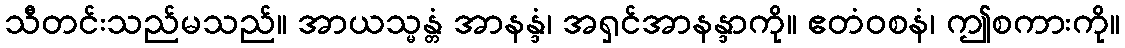
သီတင်းသည်မသည်။ အာယသ္မန္တံ အာနန္ဒံ၊ အရှင်အာနန္ဒာကို။ ဧတံဝစနံ၊ ဤစကားကို။